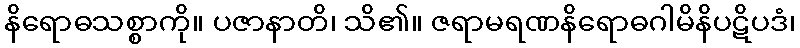
နိရောဓသစ္စာကို။ ပဇာနာတိ၊ သိ၏။ ဇရာမရဏနိရောဓဂါမိနိပဋိပဒံ၊